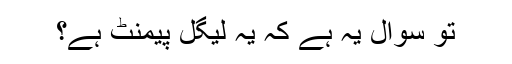
تو سوال یہ ہے کہ یہ لیگل پیمنٹ ہے؟